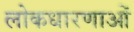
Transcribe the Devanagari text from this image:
लोकधारणाओं